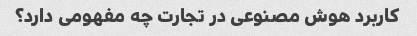
کاربرد هوش مصنوعی در تجارت چه مفهومی دارد؟